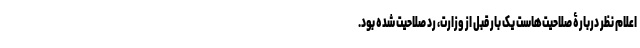
اعلام نظر دربارۀ صلاحیت‌هاست یک بار قبل از وزارت، رد صلاحیت شده بود.